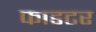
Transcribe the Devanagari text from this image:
फाडटर